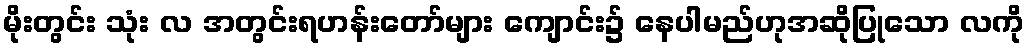
မိုးတွင်း သုံး လ အတွင်းရဟန်းတော်များ ကျောင်း၌ နေပါမည်ဟုအဆိုပြုသော လကို